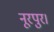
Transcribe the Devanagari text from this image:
नूरपुर।